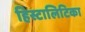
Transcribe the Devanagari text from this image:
हिस्टालिटिका